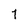
Character: 7